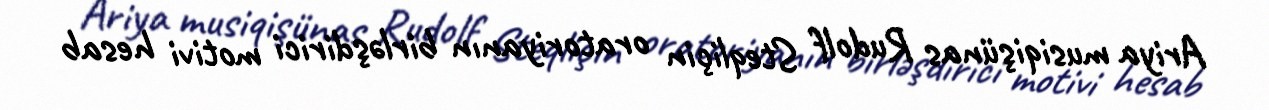
Ariya musiqişünas Rudolf Steqliçin oratoriyanın birləşdirici motivi hesab